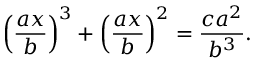
\left( { \frac { a x } { b } } \right) ^ { 3 } + \left( { \frac { a x } { b } } \right) ^ { 2 } = { \frac { c a ^ { 2 } } { b ^ { 3 } } } .